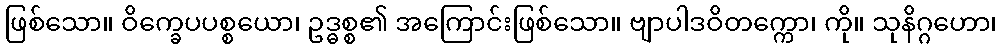
ဖြစ်သော။ ဝိက္ခေပပစ္စယော၊ ဥဒ္ဓစ္စ၏ အကြောင်းဖြစ်သော။ ဗျာပါဒဝိတက္ကော၊ ကို။ သုနိဂ္ဂဟော၊